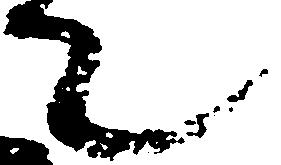
て